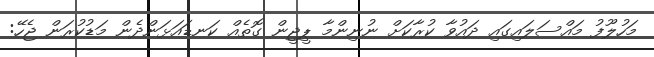
މަހުލޫފު މައްސަލައިގައި ދައުވާ ކުރާކަށް ނުނިންމާ ޕީޖީން ގޮތެއް ކަނޑައަަޅަންދެން މަޑުކުރަން ޖެހޭ: